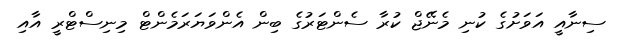
ސިނާއީ އަވަށުގެ ކުނި މެނޭޖް ކުރާ ސެންޓަރުގެ ބިން އެންވަޔަރަމެންޓް މިނިސްޓްރީ އާއި